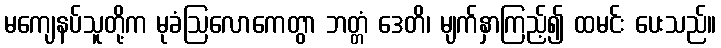
မကျေနပ်သူတို့က မုခံဩလောကေတွာ ဘတ္တံ ဒေတိ၊ မျက်နှာကြည့်၍ ထမင်း ပေးသည်။